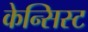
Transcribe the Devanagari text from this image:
केन्सिस्ट